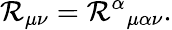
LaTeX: \mathcal{R}_{\mu\nu}={\mathcal{R}^{\alpha}}_{\mu\alpha\nu}.